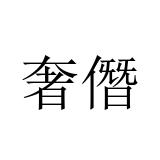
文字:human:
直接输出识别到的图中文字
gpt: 奢僭